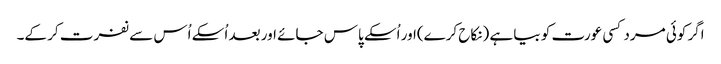
اگر کوئی مرد کسی عورت کو بیا ہے (نکاح کرے)اور اُسکے پاس جائے اور بعد اُسکے اُس سے نفرت کر کے۔